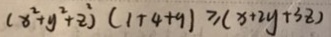
( x ^ { 2 } + y ^ { 2 } + 2 ^ { 2 } ) ( 1 + 4 + 9 ) \geq ( x + 2 y + 3 z )